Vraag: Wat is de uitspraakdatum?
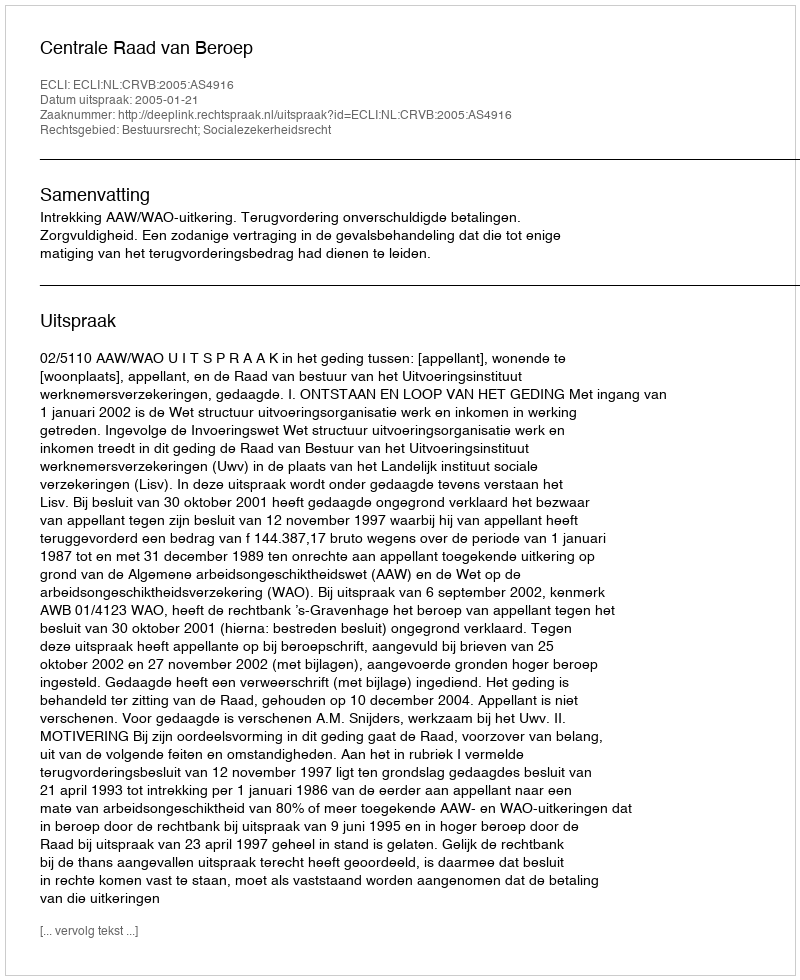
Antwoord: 2005-01-21